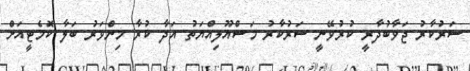
ސަރުކާރު ޖަވާބުދާރީ ކުރުވޭނީ ސަރުކާރު މަސްއޫލިއްޔަތު އަދާ ކުރާ މިންވަރު ބަލާ ކޮމެޓީއަށް